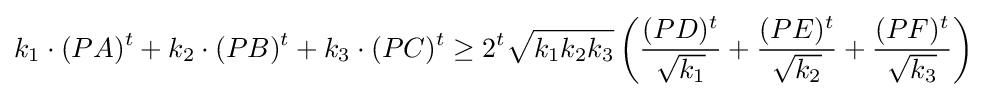
k_{1}\cdot (PA)^{t}+k_{2}\cdot (PB)^{t}+k_{3}\cdot (PC)^{t}\geq 2^{t}{\sqrt {k_{1}k_{2}k_{3}}}\left({\frac {(PD)^{t}}{\sqrt {k_{1}}}}+{\frac {(PE)^{t}}{\sqrt {k_{2}}}}+{\frac {(PF)^{t}}{\sqrt {k_{3}}}}\right)